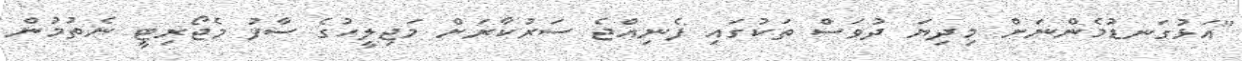
"އަޅުގަނޑުމެންނަށް މިދިޔަ ދުވަސް ތަކުގައި ފެނިއްޖެ ސަރުކާރަށް މަޖިލީހުގެ ސާފު މެޖޯރިޓީ ނެތުމުން